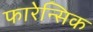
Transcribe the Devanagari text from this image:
फारेन्सिक